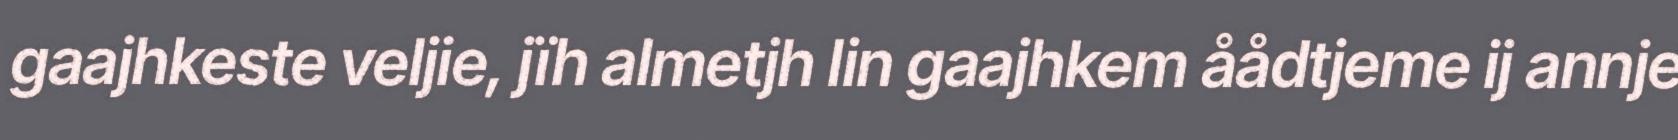
gaajhkeste veljie, jïh almetjh lin gaajhkem åådtjeme ij annje